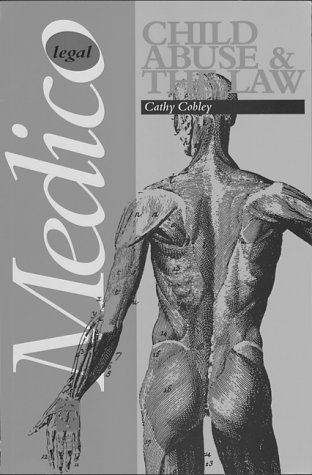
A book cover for Child Abuse & The Law; Cathy Cobley; Law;